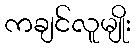
ကချင်လူမျိုး